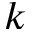
k